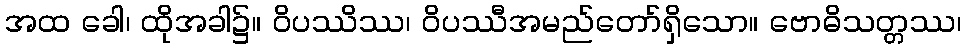
အထ ခေါ၊ ထိုအခါ၌။ ဝိပဿိဿ၊ ဝိပဿီအမည်တော်ရှိသော။ ဗောဓိသတ္တဿ၊